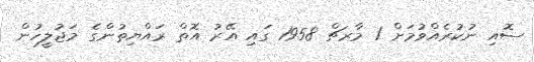
ސޮއި ނުކުރެއްވުމަށް 1 މާރޗް 1958 ގައި އޭރު އޮތް ރައްޔިތުންގެ މަޖުލީހުން